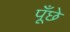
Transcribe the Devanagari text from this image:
पूँछे